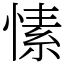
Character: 愫